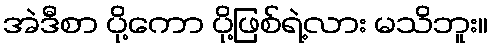
အဲဒီစာ ပို့ကော ပို့ဖြစ်ရဲ့လား မသိဘူး။